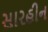
સારહીન